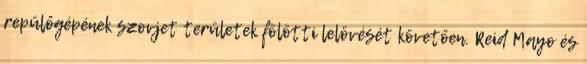
repülőgépének szovjet területek fölötti lelövését követően. Reid Mayo és